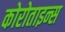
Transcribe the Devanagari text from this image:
कोरोताइन्स